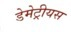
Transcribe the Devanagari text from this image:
डेमेट्रीयस